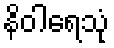
နိဝါရေသုံ